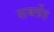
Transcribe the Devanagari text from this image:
सर्ब्लोह